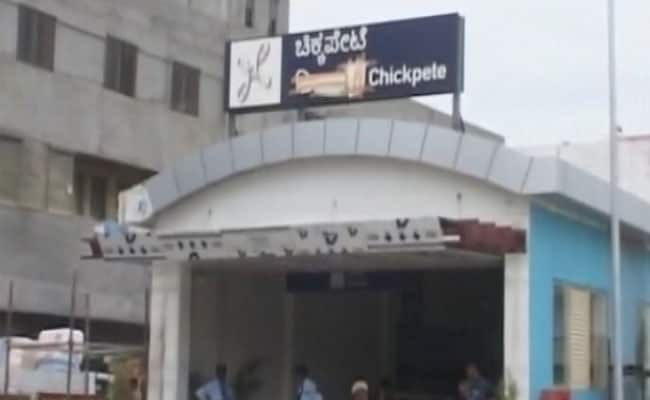
Language: kannada
Transcription: ಚಿಕ್ಕಪೇಟಿ